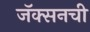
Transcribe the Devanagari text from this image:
जॅक्सनची